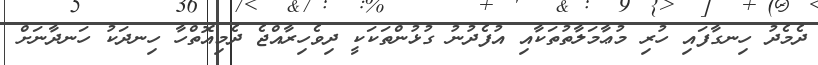
ދެމެދު ހިނގާފައި ހުރި މުޢާމަލާތުތަކާއި އުފެދުނު ގުޅުންތަކަކީ ދިވެހިރާއްޖެ ދެމިއޮތްހާ ހިނދަކު ހަނދާނަށް